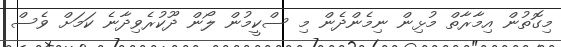
މިގޮތުން އިމާރާތް މުޅިން ނިމެންދެން މި ސްކީމުން ލޯން ދޫކުރެވިދާނެ ކަމަށް ވެސް